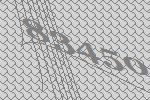
83450